Civil Veterinary Dept. Assam report 1927-50 - 1927-1950
Year: 1927
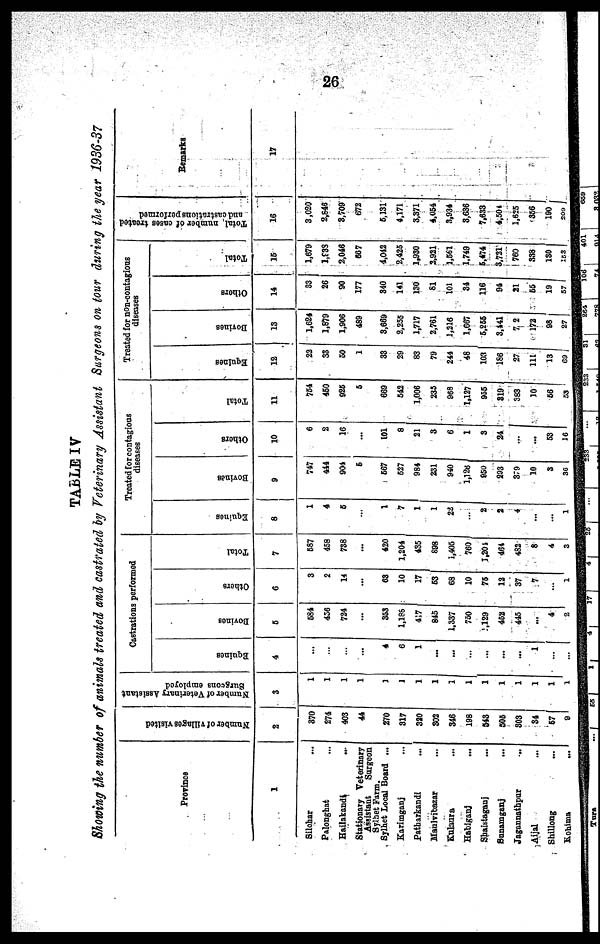
26
TABLE IV
Showing the number of animals treated and castrated by Veterinary Assistant Surgeons on tour during the year 1936-37
Province
1
Silchar ...
Palonghat ...
Hailakandt
...
Stationary Veterinary
Assistant
Surgeon
Sylhet Farm.
Sylhet Local Board ...
Karimganj ...
Patharkandi ...
Maulvibazar ...
Kulaura ...
Habiganj ...
Shaistaganj ...
Sunamganj ...
Jagannathpur ...
Aijal ...
Shillong ...
Kohima
...
Number of villages visited
2
370
274
403
44
270
317
320
302
346
198
943
505
303
34
57
9
Number of Veterinary Assistant
Surgeons employed
3
1
1
1
1
1
1
1
1
1
1
1
1
1
1
1
1
Castrations performed
Equine8
4
...
...
...
...
4
6
1
...
...
...
...
...
...
1
...
...
Bovines
6
584
456
724
...
353
1,188
417
845
1,337
750
129
452
445
...
4
2
Others
6
3
2
14
...
63
10
17
63
68
10
76
12
37
7
...
1
Total
7
587
458
738
...
420
1,204
435
898
1,405
760
1,204
464
482
8
4
3
Treated for contagious
diseases
Equines
8
1
4
5
...
1
7
1
1
22
...
2
2
4
...
...
1
Bovines
9
747
444
904
6
567
627
984
231
940
1,126
950
293
379
10
3
36
Others
10
6
2
16
...
101
8
21
3
6
1
3
24
...
...
53
16
Total
11
764
450
926
6
669
542
1,006
235
968
1,127
955
319
383
10
56
53
Treated for non-contagious
diseases
Equines
12
22
38
50
1
33
29
83
79
244
48
103
186
27
111
13
69
Bovines
13
1,624
1,879
1,906
489
3,669
2,255
1,717
2,761
1,216
1,667
5,255
3,141
7 2
172
98
27
Others
14
83
26
90
177
340
141
130
81
101
34
116
94
21
55
19
57
Total
15
1,679
l,838
2,046
667
4,042
2,425
1,930
2.921
1,661
1.749
5,474
3,731
760
338
130
153
Total number
of cases treated
and castrations performed
16
3,020
2,846
8,709
672
5,131
4,171
3,371
4,054
3,934
3,636
7,633
4,504
1,625
356
190
209
Remarks
17